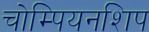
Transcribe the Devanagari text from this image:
चोम्पियनशिप